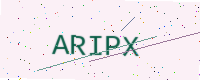
Text: ARIPX